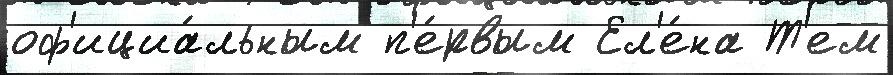
оф'ициа́льным п'е́рвым Ел'е́на Т'ем